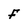
Character: F